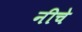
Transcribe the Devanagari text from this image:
नीचे